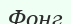
Фонг